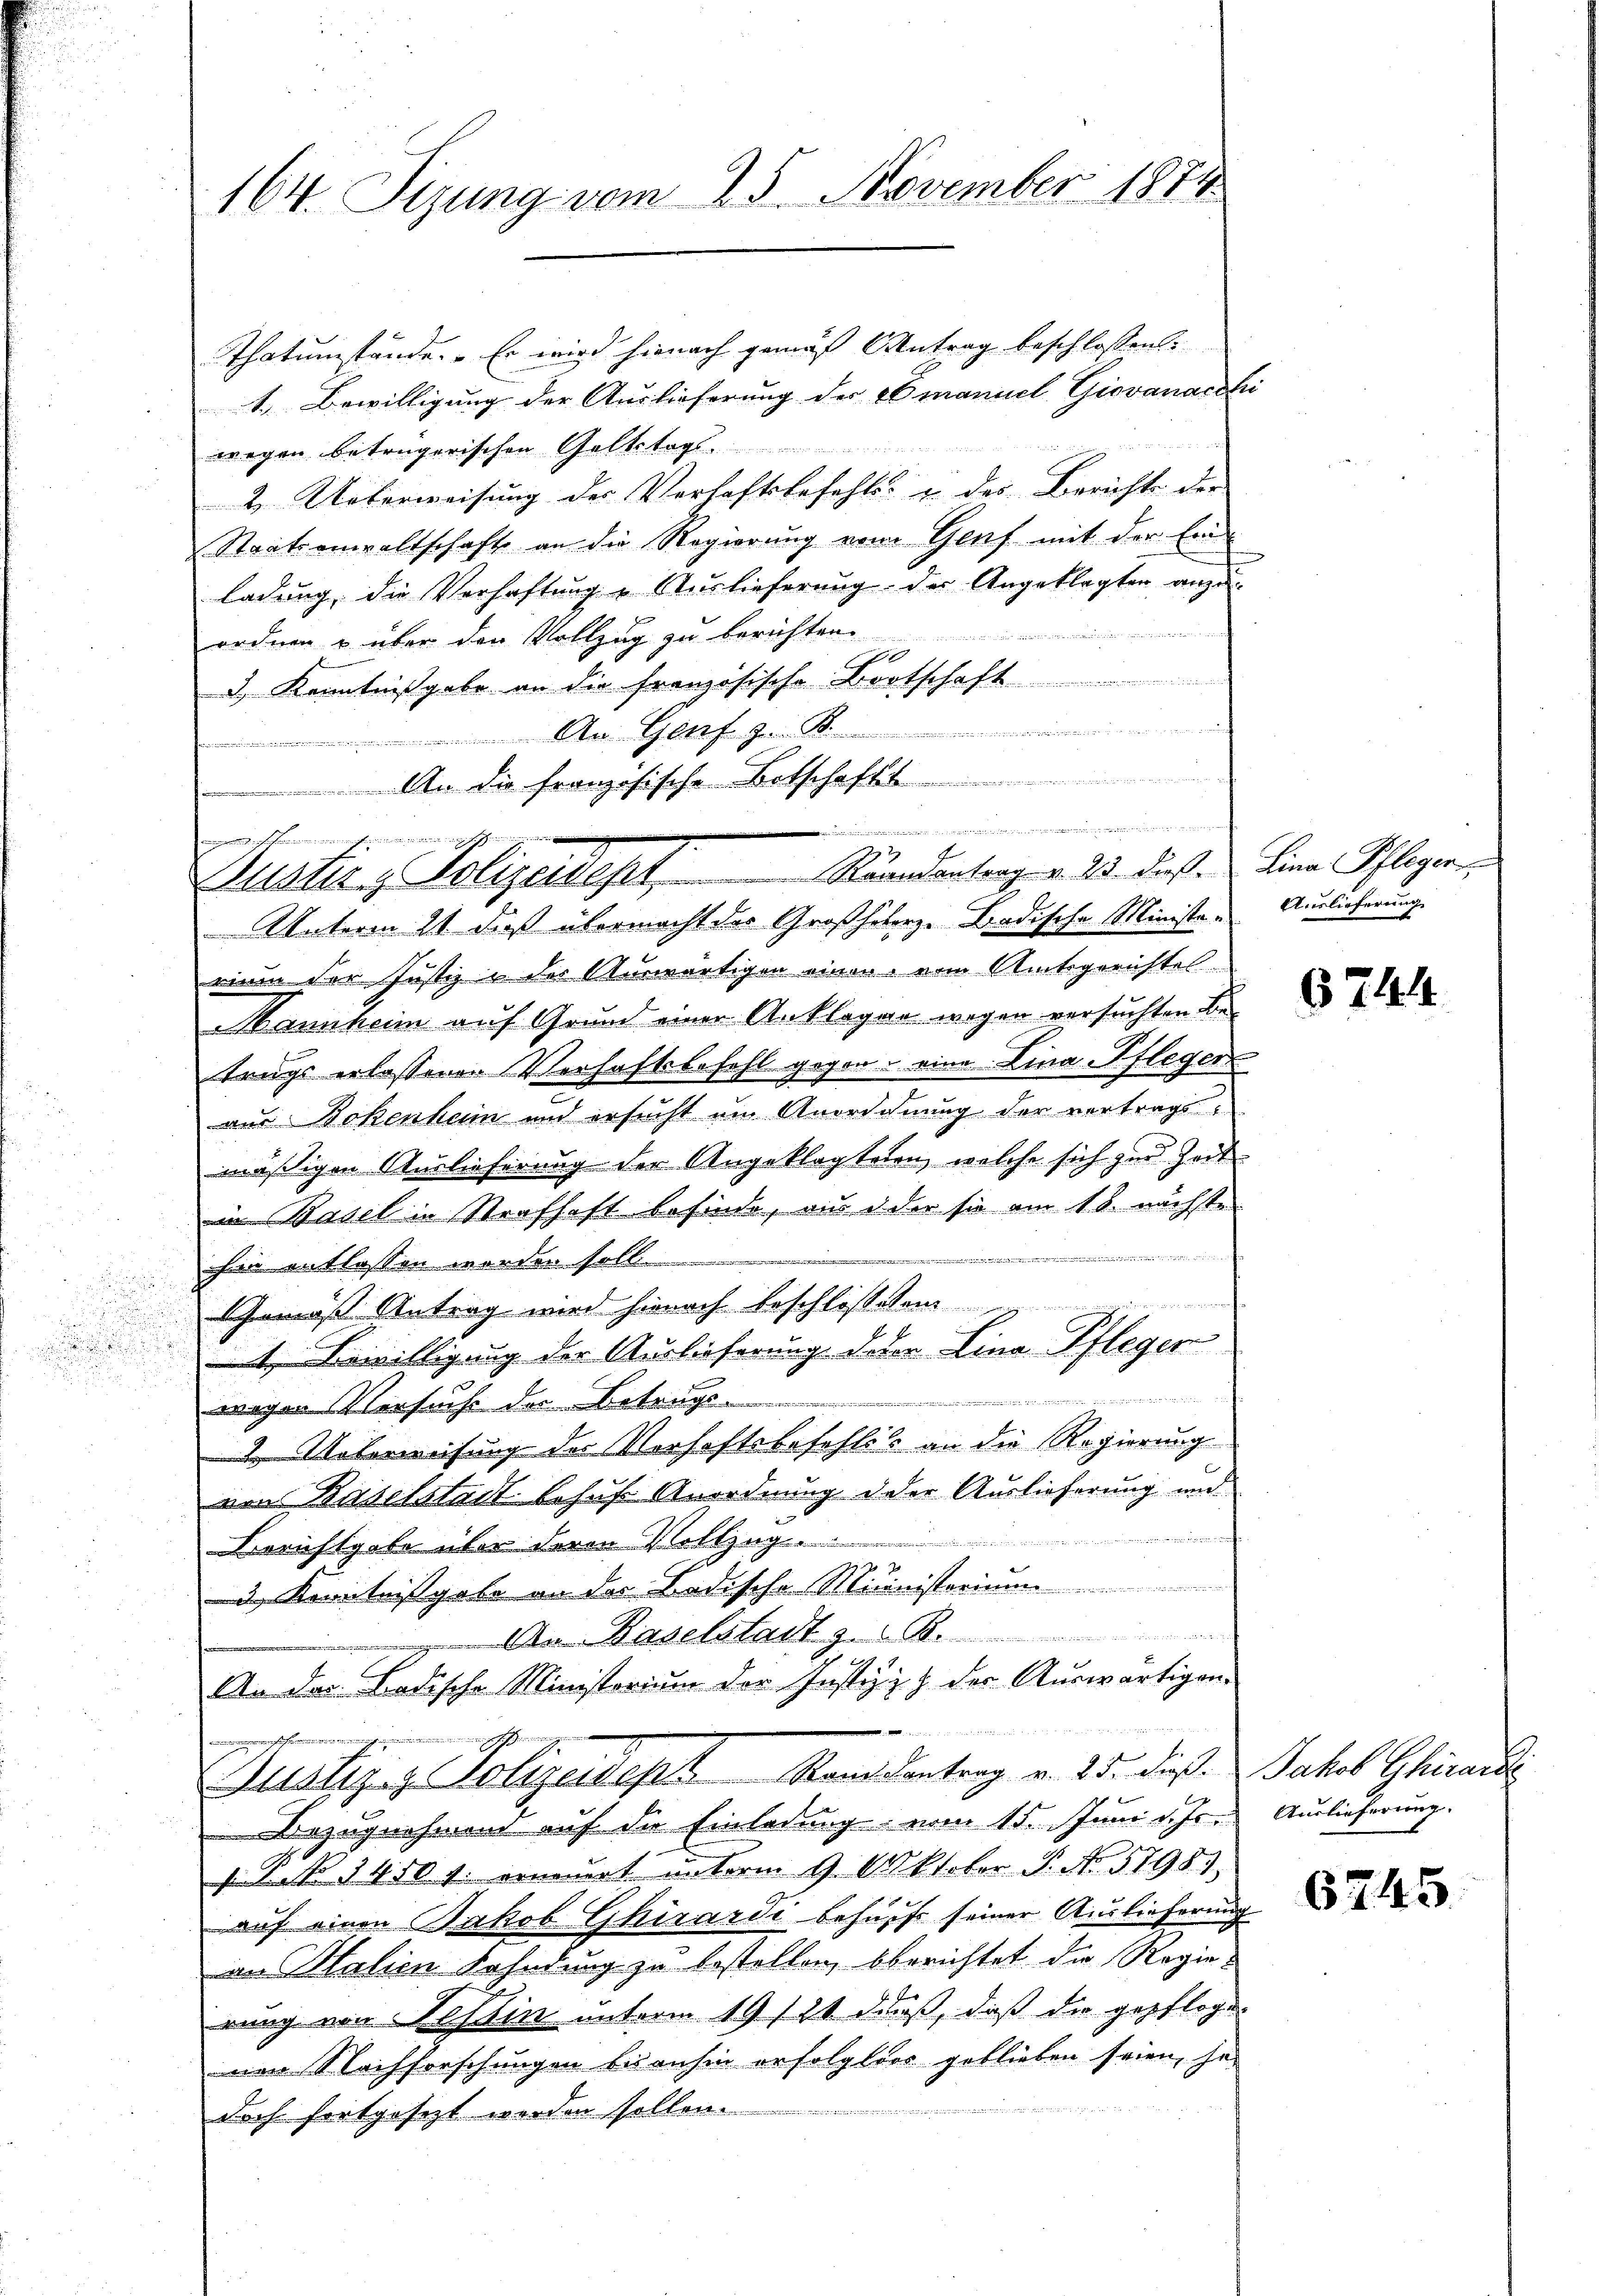
i
u

164. Sizung vom 25. November 1884

maennen, man s
Justiz & Polizeisept Raamantrag v. 23. dieß. Lina Pfleger

Thatumstände. Er wird hienach gemäß Antrag beschlossen:
1. Bewilligung der Auslieferung der Emanuel Giovanach
wegen betrügerischen Geltstags
2. Ueberweisung der Verhaftsbefehls- u. des Berichte der
Staatsanwaltschaft an die Regierung vom Genf mit der Einladung, die Verhaftung & Auslieferung der Angeklagten anzu-
ordnen u. über den Vollzug zu berichten.
1
) Kenntnißgabe an die französische Bortschaft
An Genf in
An die französische Botschafts
Unterm 21. daß übermacht der Großheberze-Badische Ministr. Auslieferung.
rium der Justiz u. der Auswärtigen einen vom Amtsgerichtel
Wannheim auf Grund einer Anklagen wegen versuchten Be-
trugs erlassenen Verhaftsbefehl gegen eine Lina Pfleger
aus Bokenhain und ersucht um Anordnung der vertragsmäßigen Auslieferung der Angeklagteten, welche sich zur Zeitin Basel in Strafhaft befinde, aus oder sie am 18. nächste
hier entlassen worden soll.
Gemäß Antrag wird hienach beschlossen
1. Bewilligung der Auslieferung deren Lina Pflegen
Miner wie
wegen Versuche der Betrags
2 Unterweisung der Verhaftsbefehles an die Regierung
von Baselstadt behuf Anordnung d der Auslieferung und
min

Berichtgebe über dere Vollzug.
3 Kenntnisgabe an das Badische Ministorium
Baselstadt z. B.
An des Ladische Ministorium der Justiz- & der Auswärtigen
  die die meint vorwei
ach
.
Justiz & Polizeidept Randantrag v. 25. dieß Jakob Girardi
Bezugnehmen auf die Einladung vom 15. Juni d. Js.
1 No 1410 f: ernannt unterm 9. Oktober P. No. 57983.
auf einen Jakob Ghirardi behufs seiner Auslieferung
an Malien Fahndung zu bestellen, berichtet die Regie-
rung von Tessin unterm 19. 11 ddaß, daß die gepfloge
nen Nachforschungen bisanhin erfolglos geblieben seien, se

doch fortgesezt werden sollen.

e
12

s

6744

Auslieferung.

6245.